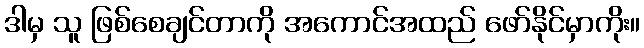
ဒါမှ သူ ဖြစ်စေချင်တာကို အကောင်အထည် ဖော်နိုင်မှာကိုး။